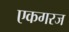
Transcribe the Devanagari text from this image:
एकगरज